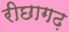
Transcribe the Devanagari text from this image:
रीछागढ़